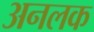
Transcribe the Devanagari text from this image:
अनलक